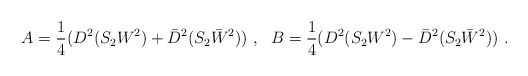
\begin{align*}A=\frac{1}{4}(D^2(S_2W^2)+\bar{D}^2(S_2\bar{W}^2))~,~~B=\frac{1}{4}(D^2(S_2W^2)-\bar{D}^2(S_2\bar{W}^2))~.\end{align*}